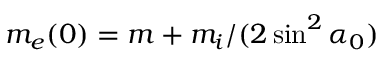
m _ { e } ( 0 ) = m + m _ { i } / ( 2 \sin ^ { 2 } { \alpha _ { 0 } } )